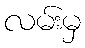
လမ်းမှ